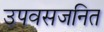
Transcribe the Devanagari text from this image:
उपवसजनित